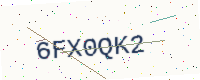
Text: 6FX0QK2